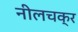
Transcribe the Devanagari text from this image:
नीलचक्र